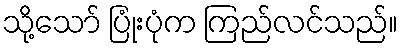
သို့သော် ပြုံးပုံက ကြည်လင်သည်။